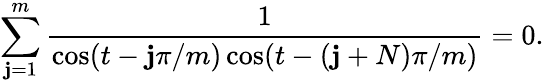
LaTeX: \sum_{\mathbf{j}=1}^{m}{\frac{{1}}{{\cos(t-{\mathbf{j}\pi/m})\cos(t-{(\mathbf{j}+N)\pi/m})}}}=0.